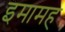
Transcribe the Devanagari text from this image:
इमामह